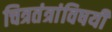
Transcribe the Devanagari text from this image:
चित्रतंत्रांविषयी